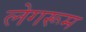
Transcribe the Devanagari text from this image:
लेगरूम